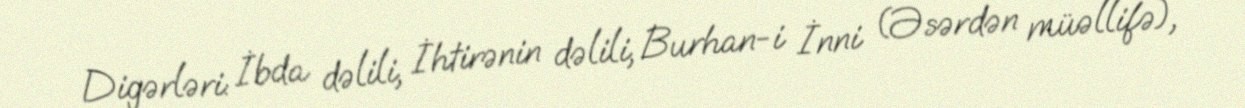
Digərləri: İbda dəlili, İhtirənin dəlili, Burhan-i İnni (Əsərdən müəllifə),